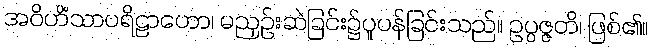
အဝိဟိံသာပရိဠာဟော၊ မညှဉ်းဆဲခြင်း၌ပူပန်ခြင်းသည်။ ဥပ္ပဇ္ဇတိ၊ ဖြစ်၏။